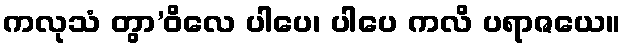
ကလုသံ တွာ’ဝိလေ ပါပေ၊ ပါပေ ကလိ ပရာဇယေ။